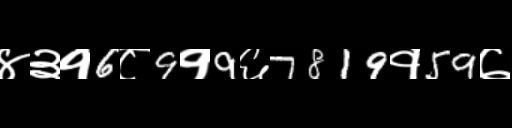
Text: ४३१6८9१9६7819१59७